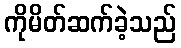
ကိုမိတ်ဆက်ခဲ့သည်